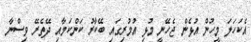
އެކަހަލަ މީހުން އުޅެން ޖެހޭނީ މުޅި އުމުރިގައި ބޭކާރު ކަންކަމާއި ދޭތެރޭ ވިސްނާ